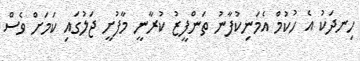
ހިނދަކު އެ ހުކުމް އެމަނިކުފާނު ތަންފީީޒު ކުރާނީ މާފުށީ ޖަލުގައި ކަމަށް ވެސް